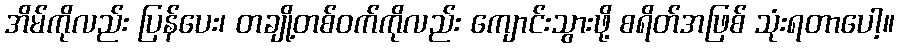
အိမ်ကိုလည်း ပြန်ပေး၊ တချို့တစ်ဝက်ကိုလည်း ကျောင်းသွားဖို့ စရိတ်အဖြစ် သုံးရတာပေါ့။